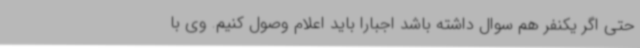
حتی اگر یکنفر هم سوال داشته باشد اجبارا باید اعلام وصول کنیم. وی با